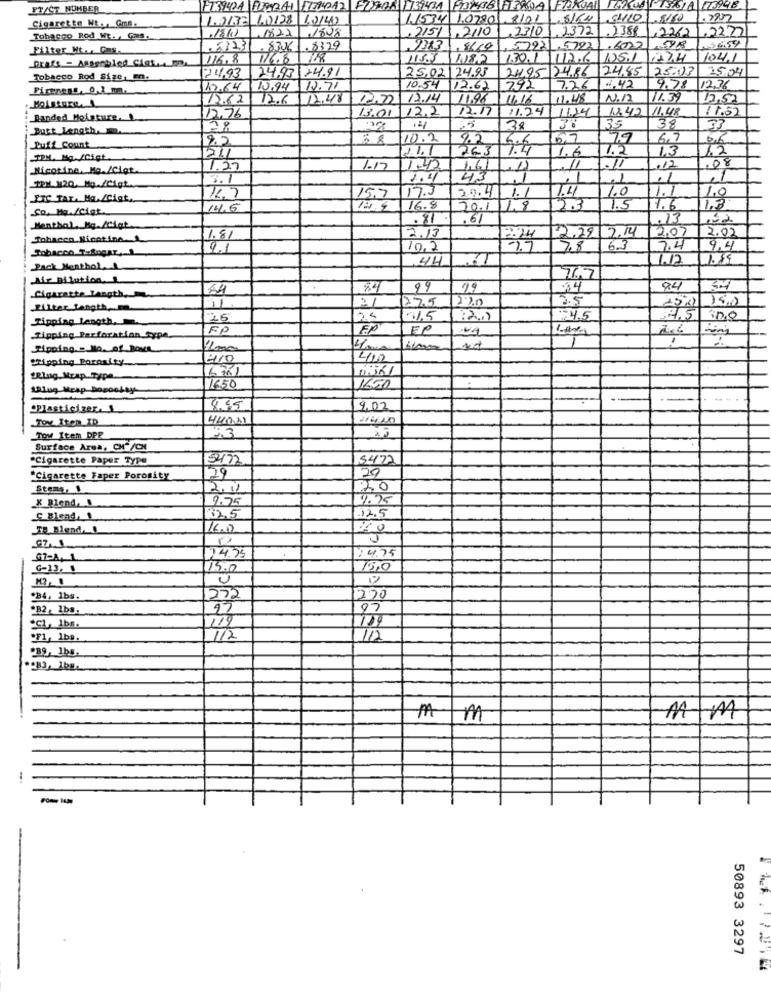
FT/CT NUMBER
E139424 FFER241 \F701042 FIXOR|131-34 FON06 HRADA FORVAL
1.0132 1.0128 12140
11534 1.02801.8101
.5164 34110
.727
Cigarette Wt. . Gmf.
,18() 1822 .1808
, 215/1/2/10
.23101.2372
.38€
2262
1.2227
Tobacco Pod W. Gas
Filter Ht .. Cas.
. 512.31 .8306 . 8329
1713 . 8669
, 57921.5722
6022
116.8
16.8
115.3 1182
130.1 112.6
224
Draft - Assembled Ciat.4 EP
24.93
24,93 74.91
25.02|24.93
24,95 24.86
124.85
25.03
Tobacco Rod Size, mn.
Pireness, 0,1 m.
13.64
10.94
12.71
10.54
12.62
295
7.26
.42
9.78
12.36
12.62
12.6
12.48
12.0
12.14
11.96
11.16
11.48
N.12
11.39
12,50
12.2
12.17
11.24
11.24
Banded Moisture. L
12.76
13.01
12.42 11.48
Butt Length,
28
38
35
38
33
2.2
38
10.2
2.2
7.9
6,7
Puff Count
1.1.1
17:4
1.2
13
1.2
263
1.6
.08
Nicotine, Mo./Cigt
1.27
1.17
1,61 ,1)
11
.11
.17
43
.1
MPM 120. Mg./Cigt.
17.3
7.4
PIC TAL. Ma./Cigt,
16.7
15.7
20.4 1.1
1.0
1.0
Co. Ma./Cigt.
14.5
16.8
20.11/8
2.3
1.5
1.6
1.3
.81
.61
.13
,52
Menthal, Hg./Cigt
2.22 2.14
2.07
2.02
Tobacco Nicotina.
1.81
2.13
2.14
Tobacco TaSugar ,-
9.1
10,2
7.8
6.3
2.4
9.4
44
1.12
1.89
Pack Menthol
Air Bilution,
7,7
99
$4
94
Cigarette Langth.
275
220
2.5
Filter_Langth, . m.
Tipping Length ..
26
25
1-1,5
4.5
30,0
FP
FP
Tipping Perforation_type.
Tipping ... No. of Bone
1200
600000
Shipping Porosity
410
14/10
Ring_Map Type
1lug Mrap Dopookay
1650
1650
Plasticiger. .
8.55
9.02
TOY Item ID
Tow Item DPP
Surface Area, CH"/CH
Cigarette Paper Type
5472
5472
*Cigarette Faper Porosity
29
20
Stems,1
2.11
20
X Blend,
9.55
4.75
C Blend, 1
32,5
12.5
TD Blend, 1
:4.75
G7-A- L
24.75
G-13, 1
15.0
150
U
B4, 1bs.
572
270
*B2, 1bs
97
119
.CL, 1bs.
F1, 1b#.
1/2
/12
tm
50893 3297